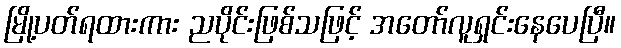
မြို့ပတ်ရထားကား ညပိုင်းဖြစ်သဖြင့် အတော်လူရှင်းနေပေပြီ။